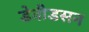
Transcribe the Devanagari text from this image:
डेवीडसन